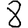
Digit: 8